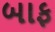
બાફ